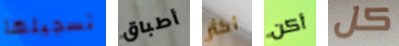
تسجيلها أطباق أكثر أكن كل